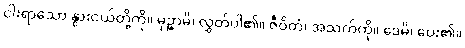
ငါးရာသော နွားငယ်တို့ကို။ မုဉ္စာမိ၊ လွှတ်ပါ၏။ ဇီဝိတံ၊ အသက်ကို။ ဒေမိ၊ ပေး၏။